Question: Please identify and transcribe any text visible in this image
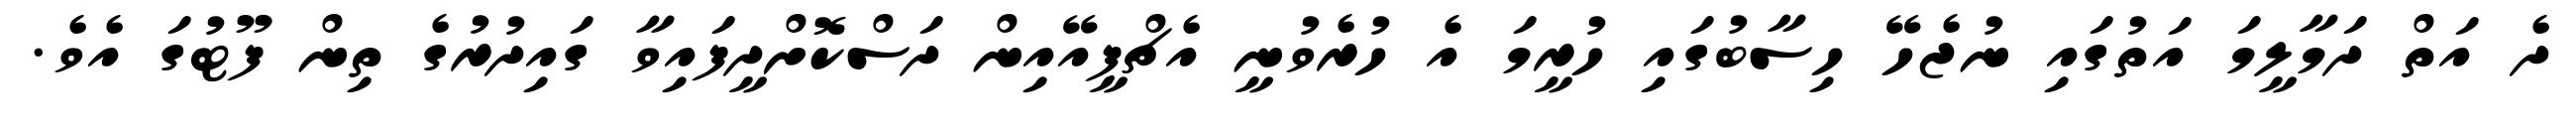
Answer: ދެ އަތް ދަމާލީމަ އަތުގައި ނުޖެހޭ ހިސާބުގައި ހުރީމަ އެ ހުރެވުނީ އެޗްޕީއޭއިން ދަސްކޮށްދީފައިވާ ގައިދުރުގެ ތިން ފޫޓުގަ އެވެ.